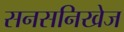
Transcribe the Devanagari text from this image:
सनसनिखेज